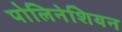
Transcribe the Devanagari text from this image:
पोलिनेशियन